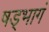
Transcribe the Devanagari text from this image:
षड्भागं